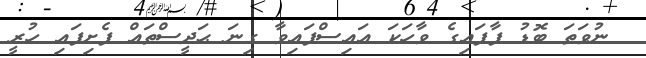
ނުވަތަ ބޮޑު ފާފައިގެ ވާހަކަ އައިސްފައިވާ ގިނަ ޙަދީސްތައް ފެށިފައި ހުރީ